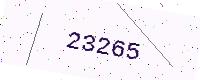
Text: 23265